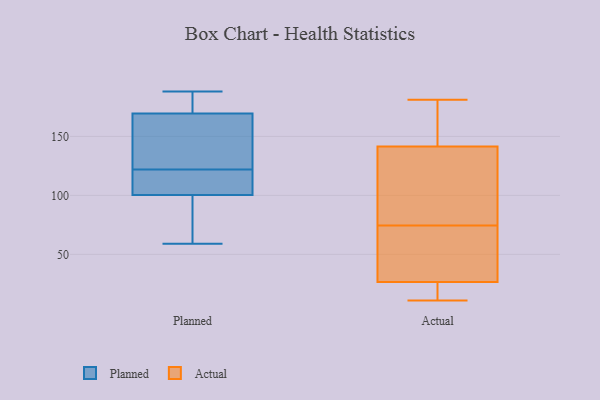
{"axis": {"x": "Demand Index", "y": "Value"}, "legend": ["Actual", "Planned"], "data": [{"x": "", "y": 126, "type": "Planned"}, {"x": "", "y": 183, "type": "Planned"}, {"x": "", "y": 188, "type": "Planned"}, {"x": "", "y": 64, "type": "Planned"}, {"x": "", "y": 156, "type": "Planned"}, {"x": "", "y": 111, "type": "Planned"}, {"x": "", "y": 59, "type": "Planned"}, {"x": "", "y": 174, "type": "Planned"}, {"x": "", "y": 104, "type": "Planned"}, {"x": "", "y": 122, "type": "Planned"}, {"x": "", "y": 99, "type": "Planned"}, {"x": "", "y": 181, "type": "Actual"}, {"x": "", "y": 137, "type": "Actual"}, {"x": "", "y": 146, "type": "Actual"}, {"x": "", "y": 178, "type": "Actual"}, {"x": "", "y": 24, "type": "Actual"}, {"x": "", "y": 11, "type": "Actual"}, {"x": "", "y": 84, "type": "Actual"}, {"x": "", "y": 29, "type": "Actual"}, {"x": "", "y": 23, "type": "Actual"}, {"x": "", "y": 106, "type": "Actual"}, {"x": "", "y": 36, "type": "Actual"}, {"x": "", "y": 160, "type": "Actual"}, {"x": "", "y": 45, "type": "Actual"}, {"x": "", "y": 100, "type": "Actual"}, {"x": "", "y": 65, "type": "Actual"}, {"x": "", "y": 11, "type": "Actual"}]}